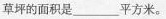
草坪的面积是___平方米。